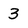
Character: 3